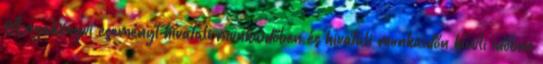
Anyakönyvi eseményt hivatali munkaidőben és hivatali munkaidőn kívüli időben